Vaccination United Provinces of Agra and Oudh 1914-1922 - 1914-1922
Year: 1914
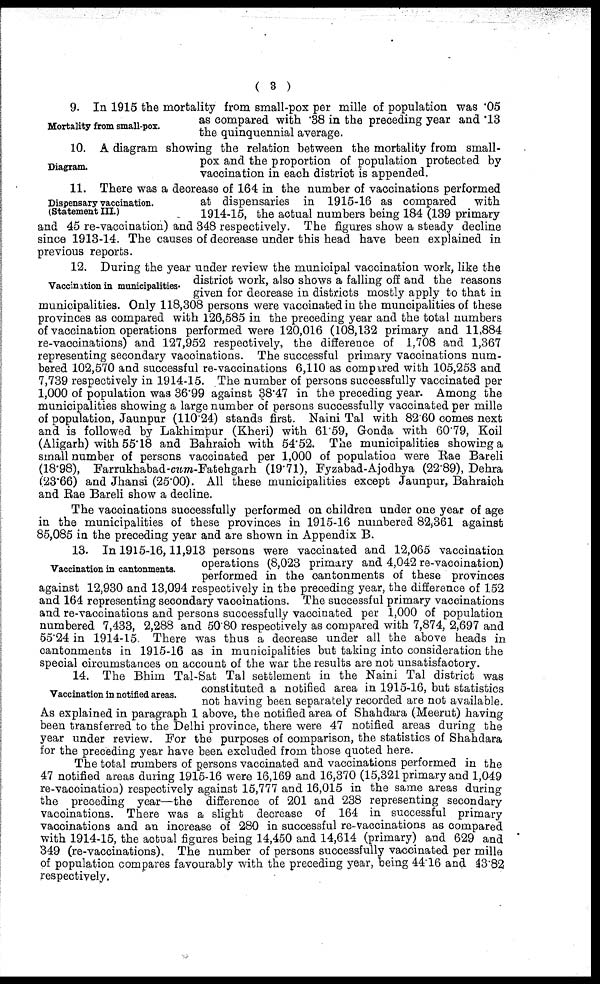
( 3 )
Mortality from small-pox.
9. In 1915 the mortality from small-pox per mille of population was .05
as compared with .38 in the preceding year and .13
the quinquennial average.
Diagram.
10. A diagram showing the relation between the mortality from small-
pox and the proportion of population protected by
vaccination in each district is appended.
Dispensary vaccination.
(Statement III.)
11. There was a decrease of 164 in the number of vaccinations performed
at dispensaries in 1915-16 as compared
with
1914-15, the actual numbers being 184 (139 primary
and 45 re-vaccination) and 348 respectively. The figures show a steady decline
since 1913-14. The causes of decrease under this head have been explained in
previous reports.
Vaccination in municipalities.
12. During the year under review the municipal vaccination work, like the
district work, also shows a falling off and the reasons
given for decrease in districts mostly apply to that in
municipalities. Only 118,308 persons were vaccinated in the muncipalities of these
provinces as compared with 126,585 in the preceding year and the total numbers
of vaccination operations performed were 120,016 (108,132 primary and 11,884
re-vaccinations) and 127,952 respectively, the difference of 1,708 and 1,367
representing secondary vaccinations. The successful primary vaccinations num-
bered 102,570 and successful re-vaccinations 6,110 as compared with 105,253 and
7,739 respectively in 1914-15. The number of persons successfully vaccinated per
1,000 of population was 36.99 against 38.47 in the preceding year. Among the
municipalities showing a large number of persons successfully vaccinated per mille
of population, Jaunpur (110.24) stands first. Naini Tal with 82.60 comes next
and is followed by Lakhimpur (Kheri) with 61.59, Gonda with 60.79, Koil
(Aligarh) with 55.18 and Bahraich with 54.52. The municipalities showing a
small number of persons vaccinated per 1,000 of population were Rae Bareli
(18.98), Farrukhabad-cum-Fatehgarh (19.71), Fyzabad-Ajodhya (22.89), Dehra
(23.66) and Jhansi (25.00). All these municipalities except Jaunpur, Bahraich
and Rae Bareli show a decline.
The vaccinations successfully performed on children under one year of age
in the municipalities of these provinces in 1915-16 numbered 82,361 against
85,085 in the preceding year and are shown in Appendix B.
Vaccination in cantonments.
13. In 1915-16,11,913 persons were vaccinated and 12,065 vaccination
operations (8,023 primary and 4,042 re-vaccination)
performed in the cantonments of these provinces
against 12,930 and 13,094 respectively in the preceding year, the difference of 152
and 164 representing secondary vaccinations. The successful primary vaccinations
and re-vaccinations and persons successfully vaccinated per 1,000 of population
numbered 7,433, 2,288 and 50.80 respectively as compared with 7,874, 2,697 and
55.24 in 1914-15. There was thus a decrease under all the above heads in
cantonments in 1915-16 as in municipalities but taking into consideration the
special circumstances on account of the war the results are not unsatisfactory.
Vaccination in notified areas.
14. The Bhim Tal-Sat Tal settlement in the Naini Tal district was
constituted a notified area in 1915-16, but statistics
not having been separately recorded are not available.
As explained in paragraph 1 above, the notified area of Shahdara (Meerut) having
been transferred to the Delhi province, there were 47 notified areas during the
year under review. For the purposes of comparison, the statistics of Shahdara
for the preceding year have been excluded from those quoted here.
The total numbers of persons vaccinated and vaccinations performed in the
47 notified areas during 1915-16 were 16,169 and 16,370 (15,321 primary and 1,049
re-vaccination) respectively against 15,777 and 16,015 in the same areas during
the preceding year—the difference of 201 and 238 representing secondary
vaccinations. There was a slight decrease of 164 in successful primary
vaccinations and an increase of 280 in successful re-vaccinations as compared
with 1914-15, the actual figures being 14,450 and 14,614 (primary) and 629 and
349 (re-vaccinations). The number of persons successfully vaccinated per mille
of population compares favourably with the preceding year, being 44.16 and 43.82
respectively,